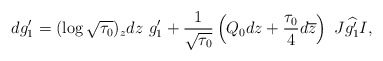
\begin{align*} dg_1'=(\log\sqrt{\tau_0})_zdz\ g'_1+\frac{1}{\sqrt{\tau_0}}\left(Q_0dz+\frac{\tau_0}{4}d\overline{z}\right)\ J\widehat{g_1'}I,\end{align*}